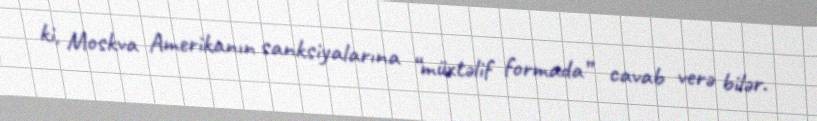
ki, Moskva Amerikanın sanksiyalarına “müxtəlif formada” cavab verə bilər.